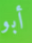
أبو